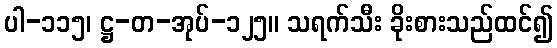
ပါ-၁၁၅၊ ဋ္ဌ-တ-အုပ်-၁၂၅။ သရက်သီး ခိုးစားသည်ထင်၍